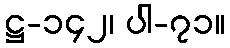
ဋ္ဌ-၁၄၂၊ ပါ-၇၁။